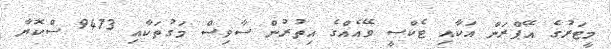
މީޓަރުގެ އޭޕްރަން އަކާއި ޓެކްސީ ވޭއެއްގެ އިތުރުން ސާވިސް މަގުތަކާއި 9473 ސްކޮޔާ